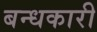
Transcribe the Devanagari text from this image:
बन्धकारी